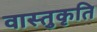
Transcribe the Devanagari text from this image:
वास्तुकृति